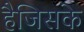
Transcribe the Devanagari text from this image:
हैजिसके